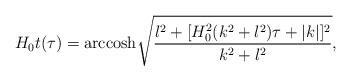
LaTeX: \begin{align*}H_{0} t(\tau) = {\rm arccosh}\sqrt{\frac{l^2+[H^{2}_{0}(k^2 + l^2) \tau + |k|]^2}{k^2 + l^2}} ,\end{align*}